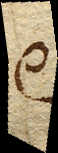
est